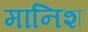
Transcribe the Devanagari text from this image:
मानिश